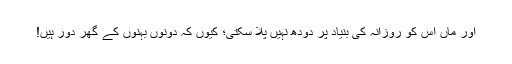
اور ماں اس کو روزانہ کی بنیاد پر دودھ نہیں پلا سکتی؛ کیوں کہ دونوں بہنوں کے گھر دور ہیں!